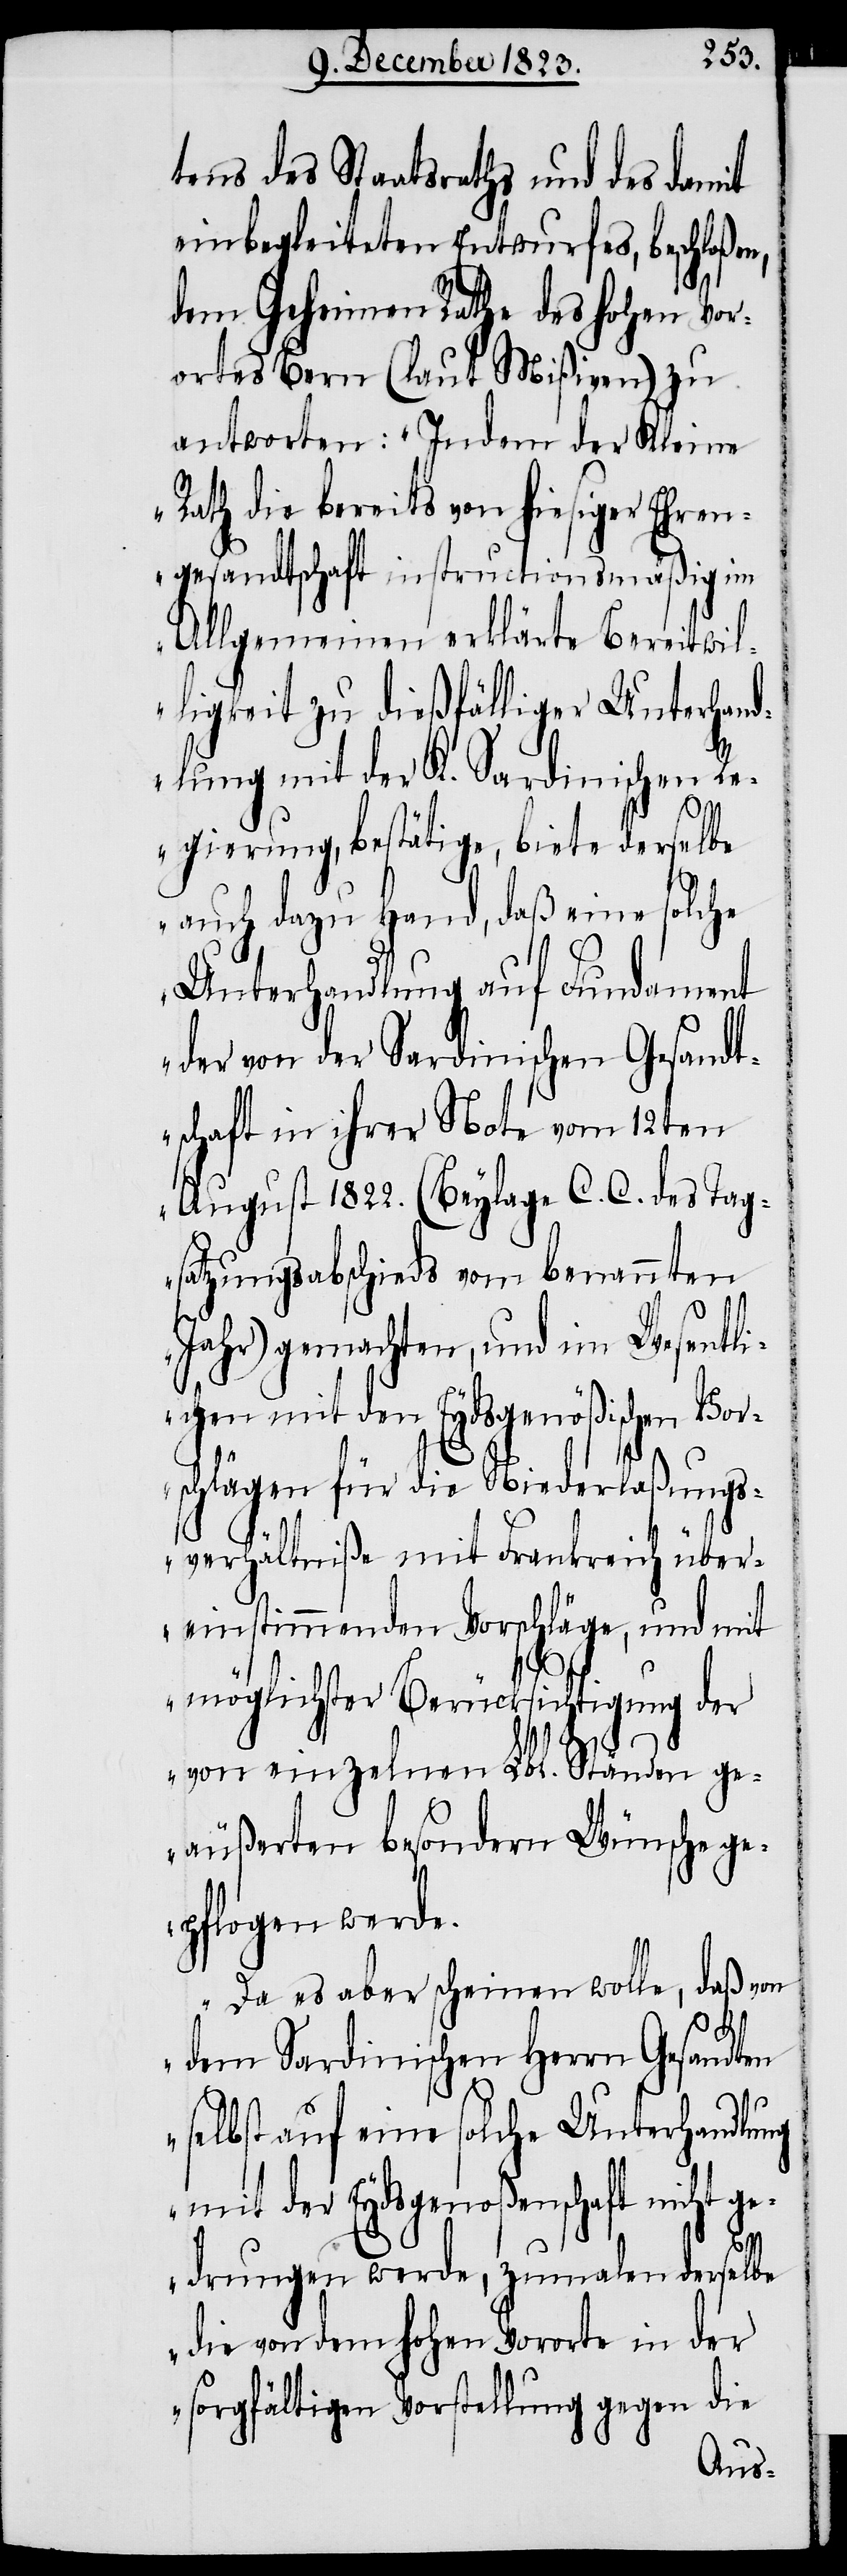
tens des Staatsraths und des damit
einbegleiteten Entwurfes, beschloße¬
dem Geheimen Rathe des hohen Vor¬
ortes Bern (laut Mißiven) zu
antworten: „Indem der Kleine
Rath die bereits von hiesiger Ehren¬
gesandtschaft instructionsmäßig im
Allgemeinen erklärte Bereitwil¬
ligkeit zu dießfälliger Unterhand¬
lung mit der K. Sardinischen Re¬
gierung, bestätige, biete derselbe
auch dazu Hand, daß eine solche
Unterhandlung auf Fundament
der von der Sardinischen Gesandt¬
schaft in ihrer Note vom 12ten
August 1822. (Beylage C. C. des Tag¬
satzungsabschieds vom benannten
Jahr) gemachten, und im Wesentli¬
chen mit den Eydsgenößischen Vor¬
schlägen für die Niederlaßungs¬
verhältniße mit Frankreich über¬
einstimmenden Vorschläge, und mit
n,
möglichster Berücksichtigung der
von einzelnen Lbl. Ständen ge¬
äußerten besondern Wünsche ge¬
pflogen werde.
Da es aber scheinen wolle, daß von
dem Sardinischen Herrn Gesandten
selbst auf eine solche Unterhandlung
mit der Eydsgenoßenschaft nicht ge¬
drungen werde, zumalen derselbe
die von dem hohen Vororte in der
sorgfältigen Vorstellung gegen die